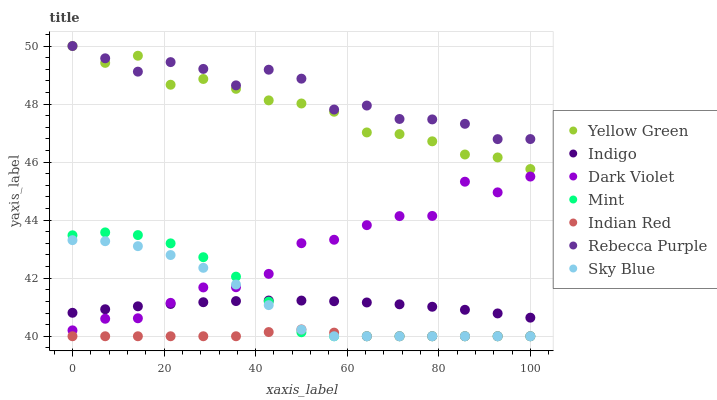
| xaxis_label | Yellow Green | Indigo | Dark Violet | Mint | Indian Red | Rebecca Purple | Sky Blue |
 | --- | --- | --- | --- | --- | --- | --- | --- |
 | 0 | 50 | 40.8 | 40.2 | 43.5 | 40 | 50 | 43.3 |
 | 7.14 | 49.4 | 40.9 | 40.6 | 43.6 | 40 | 49.6 | 43.3 |
 | 14.3 | 49.7 | 41 | 40.6 | 43.5 | 40 | 49.1 | 43.1 |
 | 21.4 | 48.7 | 41.1 | 41.2 | 43.2 | 40 | 49.4 | 42.8 |
 | 28.6 | 48.9 | 41.2 | 41.7 | 42.7 | 40 | 49.2 | 42.4 |
 | 35.7 | 48.5 | 41.2 | 41.7 | 42.1 | 40 | 48.6 | 41.8 |
 | 42.9 | 48.1 | 41.2 | 42.1 | 41.2 | 40.1 | 49.2 | 41.1 |
 | 50 | 48 | 41.2 | 43.2 | 40.1 | 40.2 | 48.9 | 40.2 |
 | 57.1 | 47.7 | 41.2 | 43.3 | 40 | 40.1 | 47.8 | 40 |
 | 64.3 | 47 | 41.2 | 43.8 | 40 | 40 | 47.9 | 40 |
 | 71.4 | 47 | 41.1 | 44.1 | 40 | 40 | 47.5 | 40 |
 | 78.6 | 46.7 | 41 | 44.1 | 40 | 40 | 47.5 | 40 |
 | 85.7 | 46.3 | 40.9 | 45.3 | 40 | 40 | 47.3 | 40 |
 | 92.9 | 46.2 | 40.8 | 45 | 40 | 40 | 46.8 | 40 |
 | 100 | 45.8 | 40.6 | 45.5 | 40 | 40 | 46.8 | 40 |